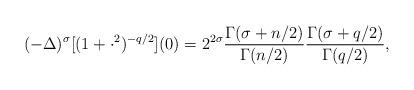
LaTeX: \begin{align*}(-\Delta)^\sigma [ ( 1 + \cdot^2)^{-q/2}](0)= 2^{2 \sigma} \frac{\Gamma(\sigma+n/2)}{\Gamma(n/2)} \frac{\Gamma(\sigma+q/2)}{\Gamma(q/2)},\end{align*}